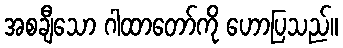
အစချီသော ဂါထာတော်ကို ဟောပြသည်။